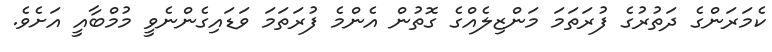
ކެމަރަންގެ ދަތުރުގެ ފުރަތަމަ މަންޒިލެއްގެ ގޮތުން އެންމެ ފުރަތަމަ ވަޑައިގެންނެވީ މުމްބާއީ އަށެވެ.